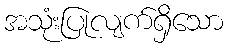
အသုံးပြုလျက်ရှိသော